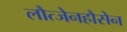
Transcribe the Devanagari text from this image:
लौत्जेनहौसेन